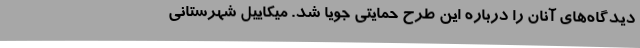
دیدگاه‌های آنان را درباره این طرح حمایتی جویا شد. میکاییل شهرستانی